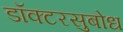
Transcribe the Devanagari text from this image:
डॉक्टरसुबोध